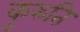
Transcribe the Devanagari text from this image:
कुरुति